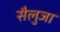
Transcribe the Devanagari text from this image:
सैलुजा